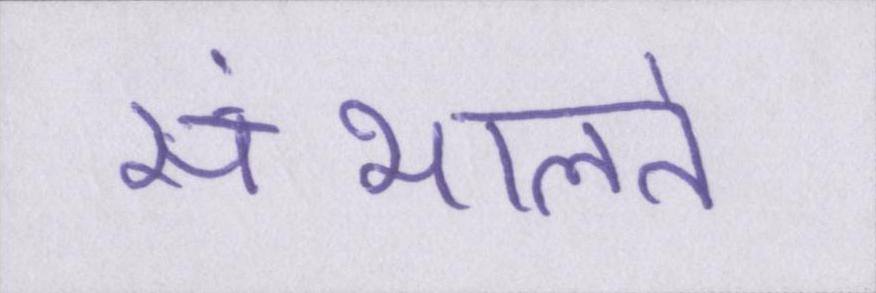
संभालते